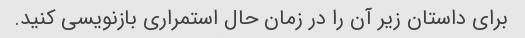
برای داستان زیر آن را در زمان حال استمراری بازنویسی کنید.